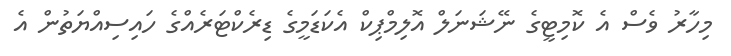
މިހާރު ވެސް އެ ކޮމިޓީގެ ނޭޝަނަލް އޮލިމްޕިކް އެކަޑަމީގެ ޑިރެކްޓަރެއްގެ ހައިސިއްޔަތުން އެ